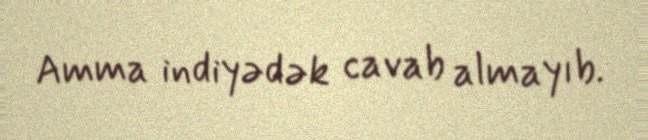
Amma indiyədək cavab almayıb.